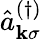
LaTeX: \hat{a}_{\mathbf{k}\sigma}^{(\dagger)}